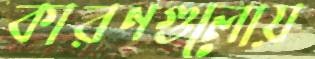
কারণগুলোয়